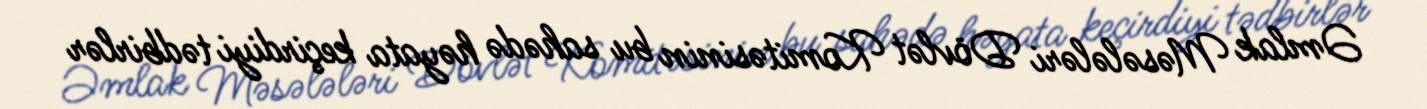
Əmlak Məsələləri Dövlət Komitəsinin bu sahədə həyata keçirdiyi tədbirlər